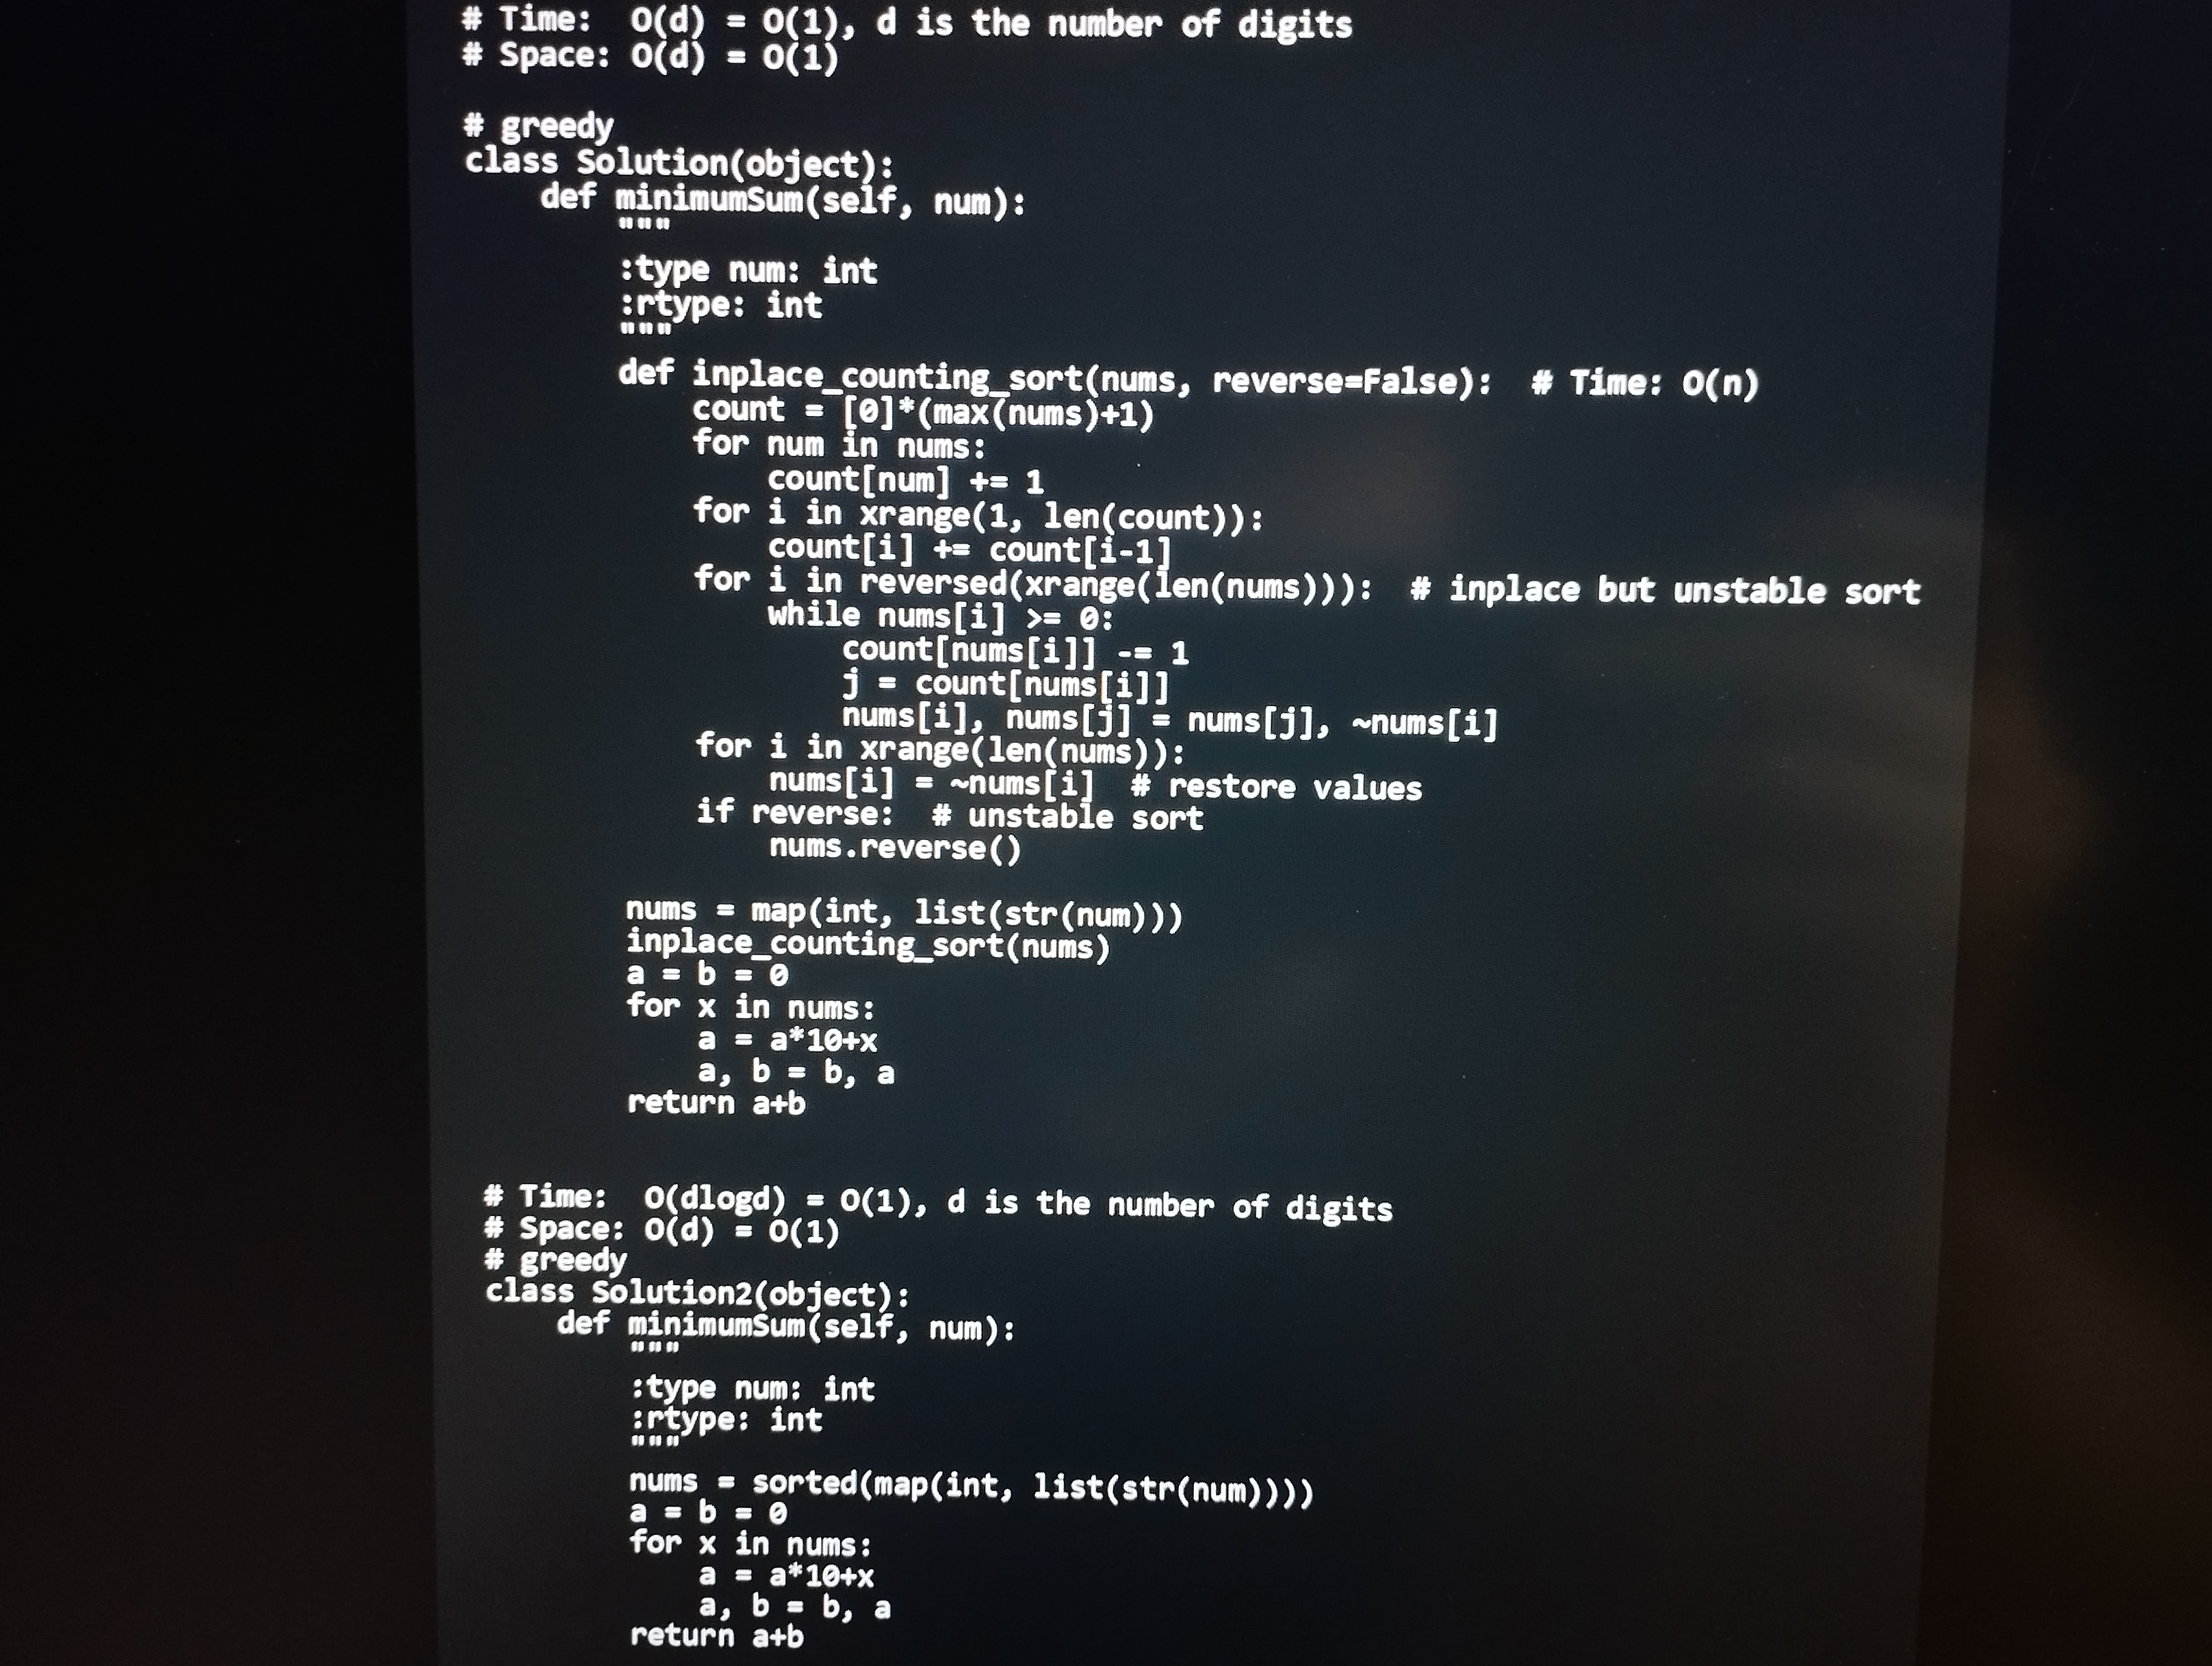
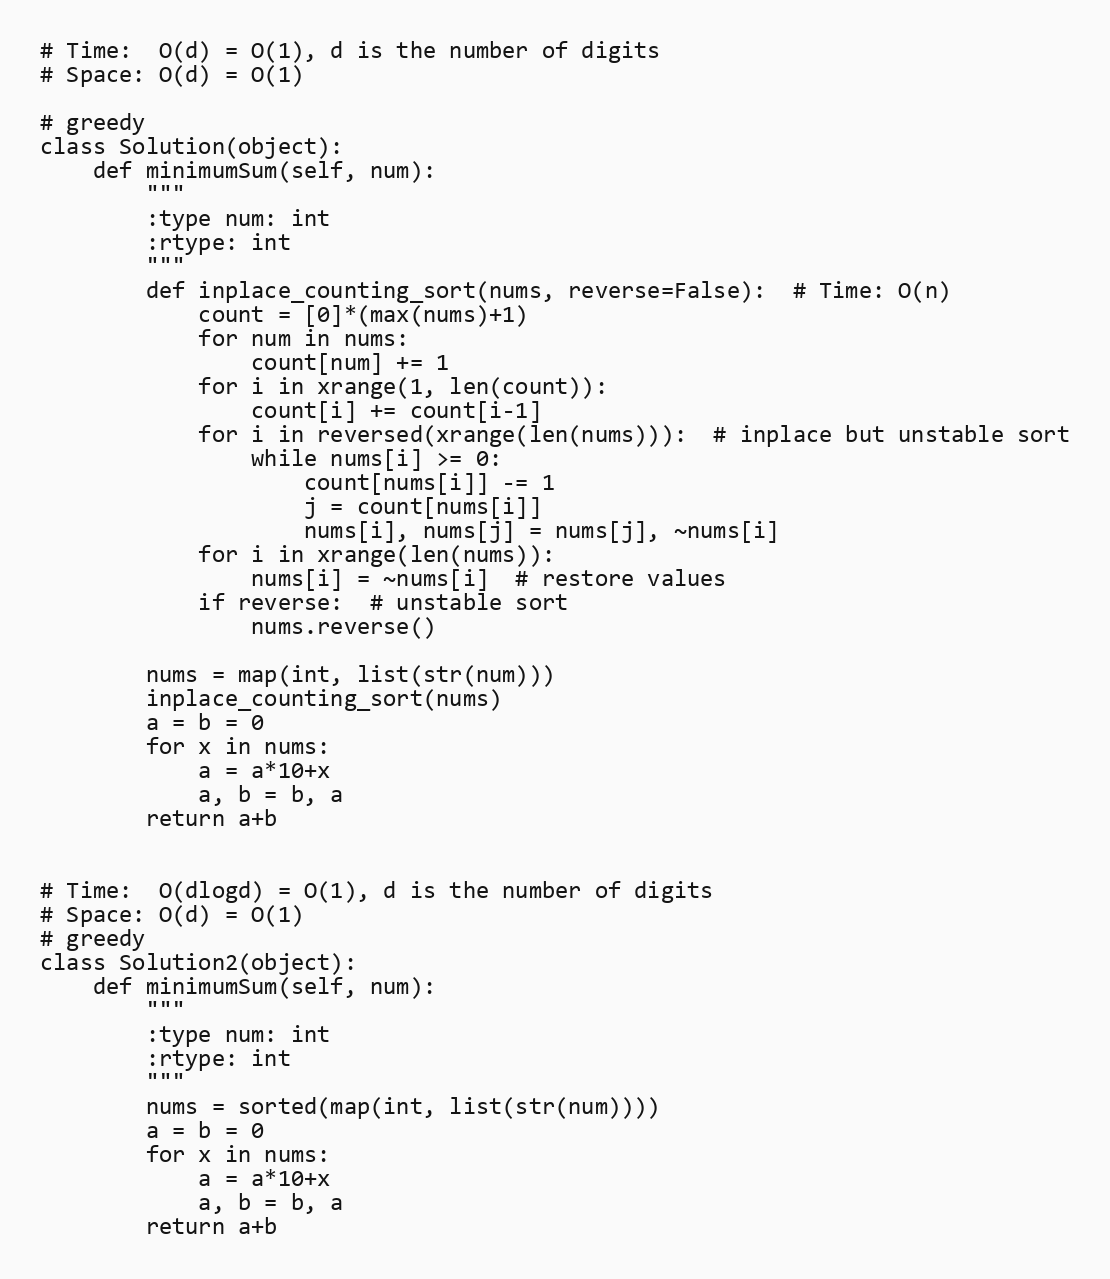
# Time:  O(d) = O(1), d is the number of digits
# Space: O(d) = O(1)

# greedy
class Solution(object):
    def minimumSum(self, num):
        """
        :type num: int
        :rtype: int
        """
        def inplace_counting_sort(nums, reverse=False):  # Time: O(n)
            count = [0]*(max(nums)+1)
            for num in nums:
                count[num] += 1
            for i in xrange(1, len(count)):
                count[i] += count[i-1]
            for i in reversed(xrange(len(nums))):  # inplace but unstable sort
                while nums[i] >= 0:
                    count[nums[i]] -= 1
                    j = count[nums[i]]
                    nums[i], nums[j] = nums[j], ~nums[i]
            for i in xrange(len(nums)):
                nums[i] = ~nums[i]  # restore values
            if reverse:  # unstable sort
                nums.reverse()

        nums = map(int, list(str(num)))
        inplace_counting_sort(nums)
        a = b = 0
        for x in nums:
            a = a*10+x
            a, b = b, a
        return a+b

# Time:  O(dlogd) = O(1), d is the number of digits
# Space: O(d) = O(1)
# greedy
class Solution2(object):
    def minimumSum(self, num):
        """
        :type num: int
        :rtype: int
        """
        nums = sorted(map(int, list(str(num))))
        a = b = 0
        for x in nums:
            a = a*10+x
            a, b = b, a
        return a+b